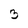
Character: 3